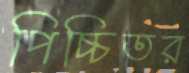
পিচ্চিতর